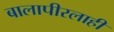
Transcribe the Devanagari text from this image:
बालापीरलाही